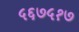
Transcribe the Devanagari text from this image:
५६७५१७